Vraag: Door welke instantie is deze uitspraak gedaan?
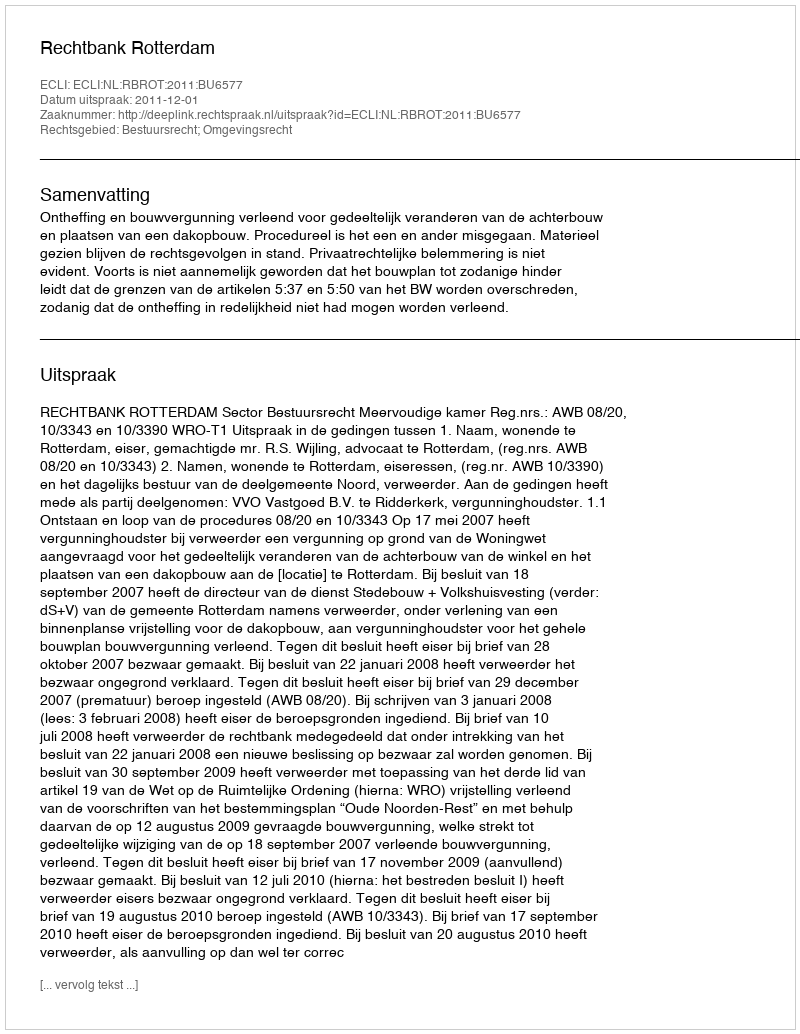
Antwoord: Rechtbank Rotterdam